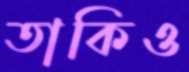
তাকিও